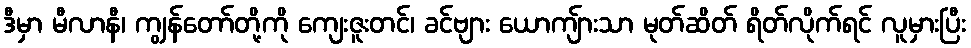
ဒီမှာ မီလာနီ၊ ကျွန်တော်တို့ကို ကျေးဇူးတင်၊ ခင်ဗျား ယောကျ်ားသာ မုတ်ဆိတ် ရိတ်လိုက်ရင် လူမှားပြီး